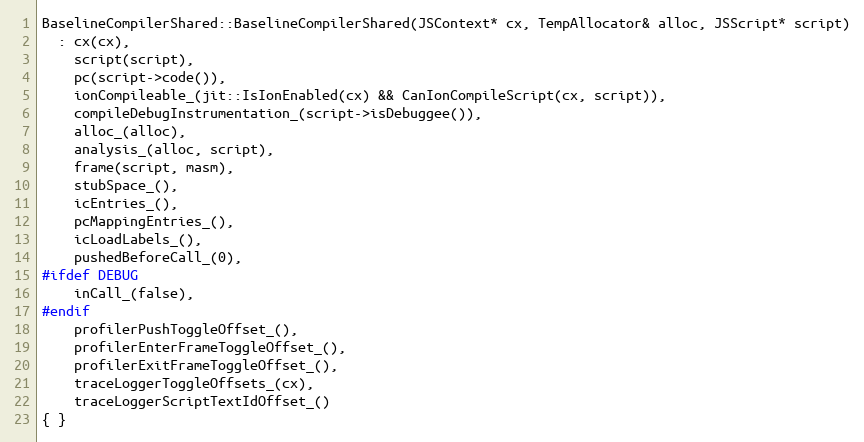
Language: C++
BaselineCompilerShared::BaselineCompilerShared(JSContext* cx, TempAllocator& alloc, JSScript* script)
  : cx(cx),
    script(script),
    pc(script->code()),
    ionCompileable_(jit::IsIonEnabled(cx) && CanIonCompileScript(cx, script)),
    compileDebugInstrumentation_(script->isDebuggee()),
    alloc_(alloc),
    analysis_(alloc, script),
    frame(script, masm),
    stubSpace_(),
    icEntries_(),
    pcMappingEntries_(),
    icLoadLabels_(),
    pushedBeforeCall_(0),
#ifdef DEBUG
    inCall_(false),
#endif
    profilerPushToggleOffset_(),
    profilerEnterFrameToggleOffset_(),
    profilerExitFrameToggleOffset_(),
    traceLoggerToggleOffsets_(cx),
    traceLoggerScriptTextIdOffset_()
{ }